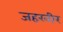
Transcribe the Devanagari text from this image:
जहरवीर